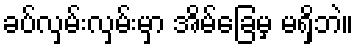
ခပ်လှမ်းလှမ်းမှာ အိမ်ခြေမှ မရှိဘဲ။